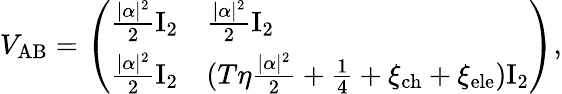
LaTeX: V_{\mathrm{AB}}=\left(\begin{array}{ll}{\frac{|\alpha|^{2}}{2}\mathrm{I}_{2}}&{\frac{|\alpha|^{2}}{2}\mathrm{I}_{2}}\\ {\frac{|\alpha|^{2}}{2}\mathrm{I}_{2}}&{(T\eta\frac{|\alpha|^{2}}{2}+\frac{1}{4}+\xi_{\mathrm{ch}}+\xi_{\mathrm{ele}})\mathrm{I}_{2}}\end{array}\right),